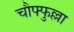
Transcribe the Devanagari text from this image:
चौफ्फुल्ला